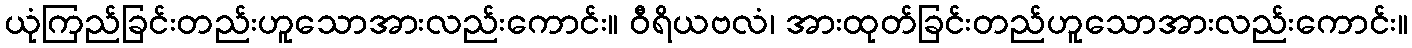
ယုံကြည်ခြင်းတည်းဟူသောအားလည်းကောင်း။ ဝီရိယဗလံ၊ အားထုတ်ခြင်းတည်ဟူသောအားလည်းကောင်း။